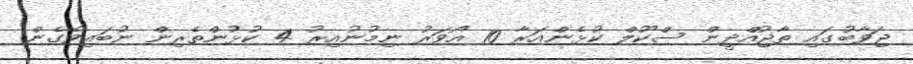
ޖަވާބުގައި ތާޖުއްދީން ސްކޫލް ކުޅެންއަރާ 10 އޯވަރު ނިމުނުއިރު 4 ކުޅުންތެރިން ނުބައިވެގެން